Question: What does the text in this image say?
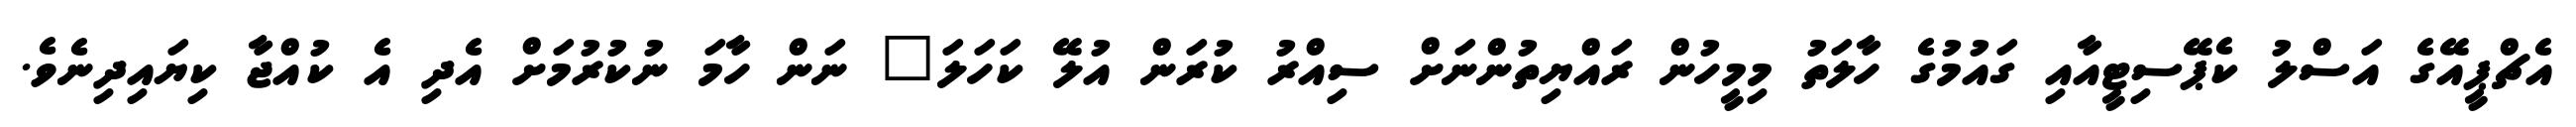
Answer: އެޗްޕީއޭގެ އަސްލު ކެޕޭސިޓީއާއި ގައުމުގެ ހާލަތު މިމީހުން ރައްޔިތުންނަށް ސިއްރު ކުރަން އުލޭ ކަހަލަ" ނަން ހާމަ ނުކުރުމަށް އެދި އެ ކުއްޖާ ކިޔައިދިނެވެ.